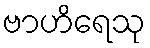
ဗာဟိရေသု